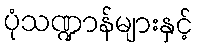
ပုံသဏ္ဍာန်များနှင့်